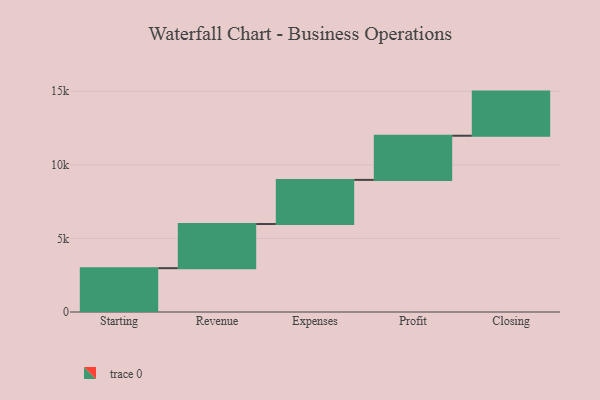
{"axis": {"x": "Step", "y": "Value"}, "legend": [""], "data": [{"x": "Starting", "y": 2978.0, "type": ""}, {"x": "Revenue", "y": 3000, "type": ""}, {"x": "Expenses", "y": 3000, "type": ""}, {"x": "Profit", "y": 3000, "type": ""}, {"x": "Closing", "y": 3000, "type": ""}]}